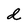
Character: d